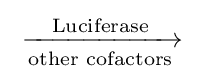
{{}\mathrel {\xrightarrow[{\text{other cofactors}}]{\text{Luciferase}}} {}}